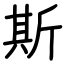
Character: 斯